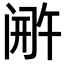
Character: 𬮫